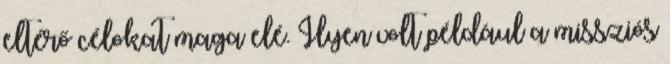
eltérő célokat maga elé. Ilyen volt például a missziós